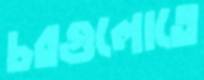
চরগুলোতে